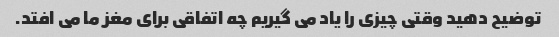
توضیح دهید وقتی چیزی را یاد می گیریم چه اتفاقی برای مغز ما می افتد.